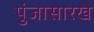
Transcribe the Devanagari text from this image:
पुंजासारखे